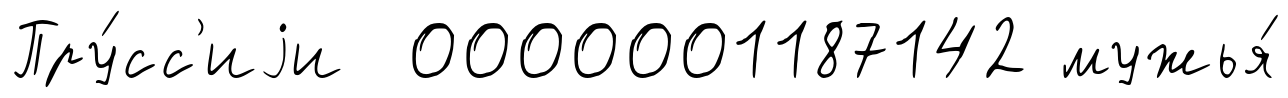
Пру́сс'иjи 0000001187142 мужья́